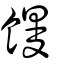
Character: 饅